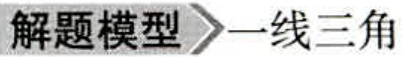
解题模型$\rightharpoonup$一线三角